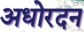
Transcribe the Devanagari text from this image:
अधोरदन